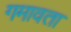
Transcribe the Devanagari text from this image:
गमावता